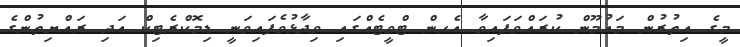
މީގެ އިތުރުން މައުމޫން ކުރައްވަފައިވާ އެހން ޓްވީޓެއްގައި ވިދާޅުވެފައިވަނީ ޑިމޮކްރެޓިކް އަދި ރައްޔިތުންގެ